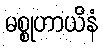
မစ္စုဟာယိနံ